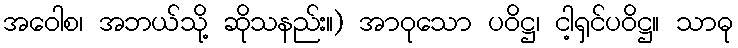
အဝေါစ၊ အဘယ်သို့ ဆိုသနည်း။) အာဝုသော ပဝိဋ္ဌ၊ ငါ့ရှင်ပဝိဋ္ဌ။ သာဓု